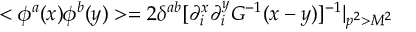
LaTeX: < \phi ^ { a } ( x ) \phi ^ { b } ( y ) > = 2 \delta ^ { a b } [ \partial _ { i } ^ { x } \partial _ { i } ^ { y } G ^ { - 1 } ( x - y ) ] ^ { - 1 } | _ { p ^ { 2 } > M ^ { 2 } }